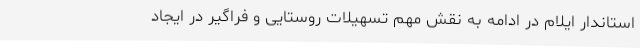
استاندار ایلام در ادامه به نقش مهم تسهیلات روستایی و فراگیر در ایجاد